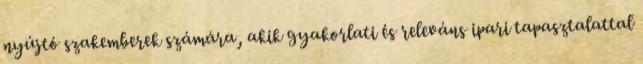
nyújtó szakemberek számára, akik gyakorlati és releváns ipari tapasztalattal